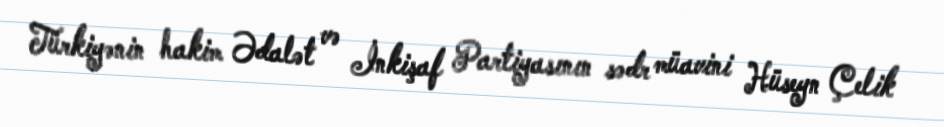
Türkiyənin hakim Ədalət və İnkişaf Partiyasının sədr müavini Hüseyn Çelik